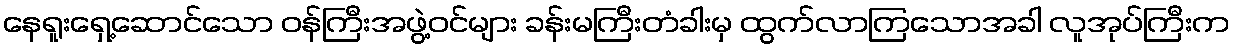
နေရူးရှေ့ဆောင်သော ဝန်ကြီးအဖွဲ့ဝင်များ ခန်းမကြီးတံခါးမှ ထွက်လာကြသောအခါ လူအုပ်ကြီးက